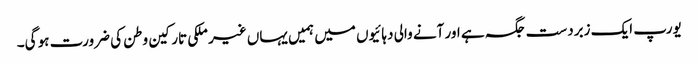
یورپ ایک زبردست جگہ ہے اور آنے والی دہائیوں میں ہمیں یہاں غیر ملکی تارکین وطن کی ضرورت ہو گی۔